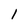
Character: 1